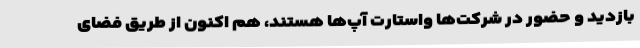
بازدید و حضور در شرکت‌ها واستارت آپ‌ها هستند، هم اکنون از طریق فضای